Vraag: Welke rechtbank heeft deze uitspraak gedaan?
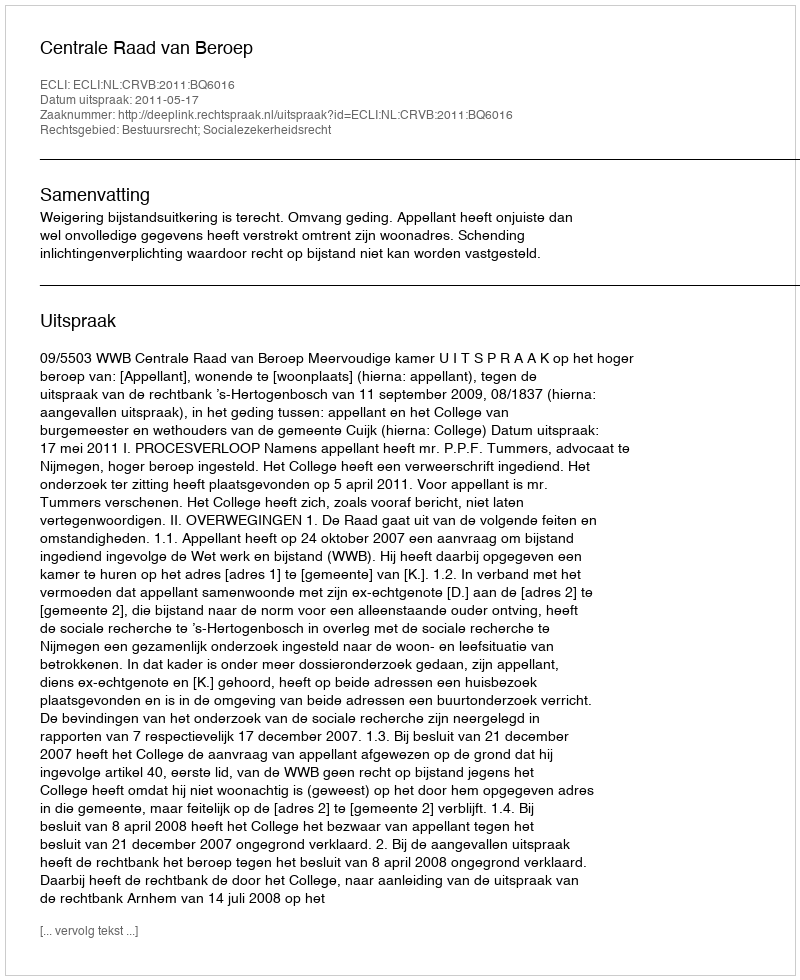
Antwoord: Centrale Raad van Beroep